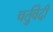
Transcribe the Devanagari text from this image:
चर्तुवेदी